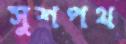
সুশপথ